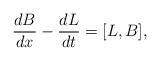
LaTeX: \begin{align*}\frac{d B}{dx}-\frac{d L}{dt}=[L,B],\end{align*}